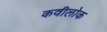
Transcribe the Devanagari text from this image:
कवीलोक